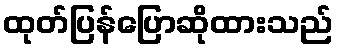
ထုတ်ပြန်ပြောဆိုထားသည်